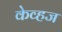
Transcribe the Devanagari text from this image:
केव्हज